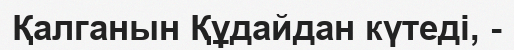
Қалганын Құдайдан күтеді, -